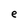
Character: e